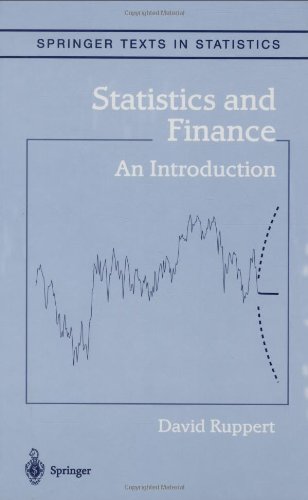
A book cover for Statistics and Finance: An Introduction (Springer Texts in Statistics); David Ruppert; Science & Math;